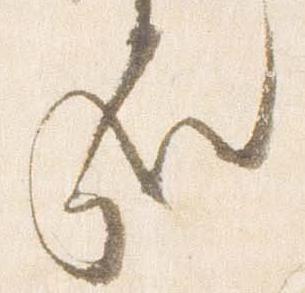
哉